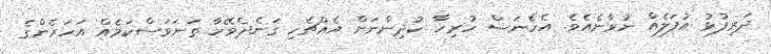
ދަރިފުޅު އުފަލެއް ނުވާނެއެވެ. އެހެނަސް ހުރިހާ ކުދިންނަށް އެއްޗެހި ގަނެދެވޭހާ ތަނަވަސްކަމެއް އަހަރެންގެ